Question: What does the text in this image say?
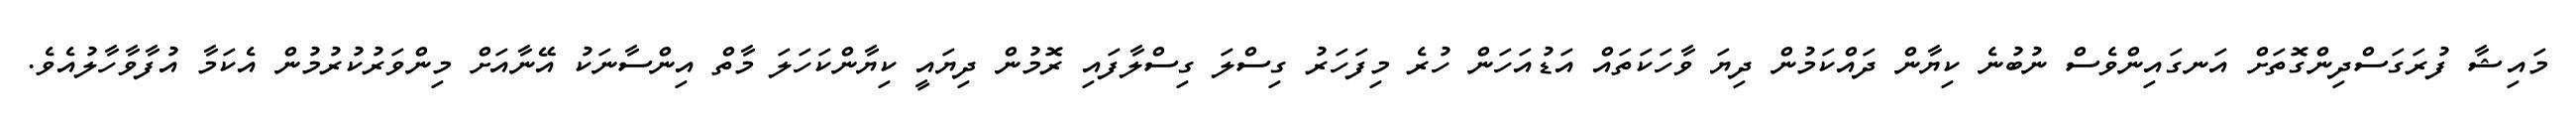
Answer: މައިޝާ ފުރަގަސްދިންގޮތަށް އަނގައިންވެސް ނުބުނެ ކިޔާން ދައްކަމުން ދިޔަ ވާހަކަތައް އަޑުއަހަން ހުރެ މިފަހަރު ގިސްލަ ގިސްލާފައި ރޮމުން ދިޔައީ ކިޔާންކަހަލަ މާތް އިންސާނަކު އޭނާއަށް މިންވަރުކުރުމުން އެކަމާ އުފާވާހާލުއެވެ.